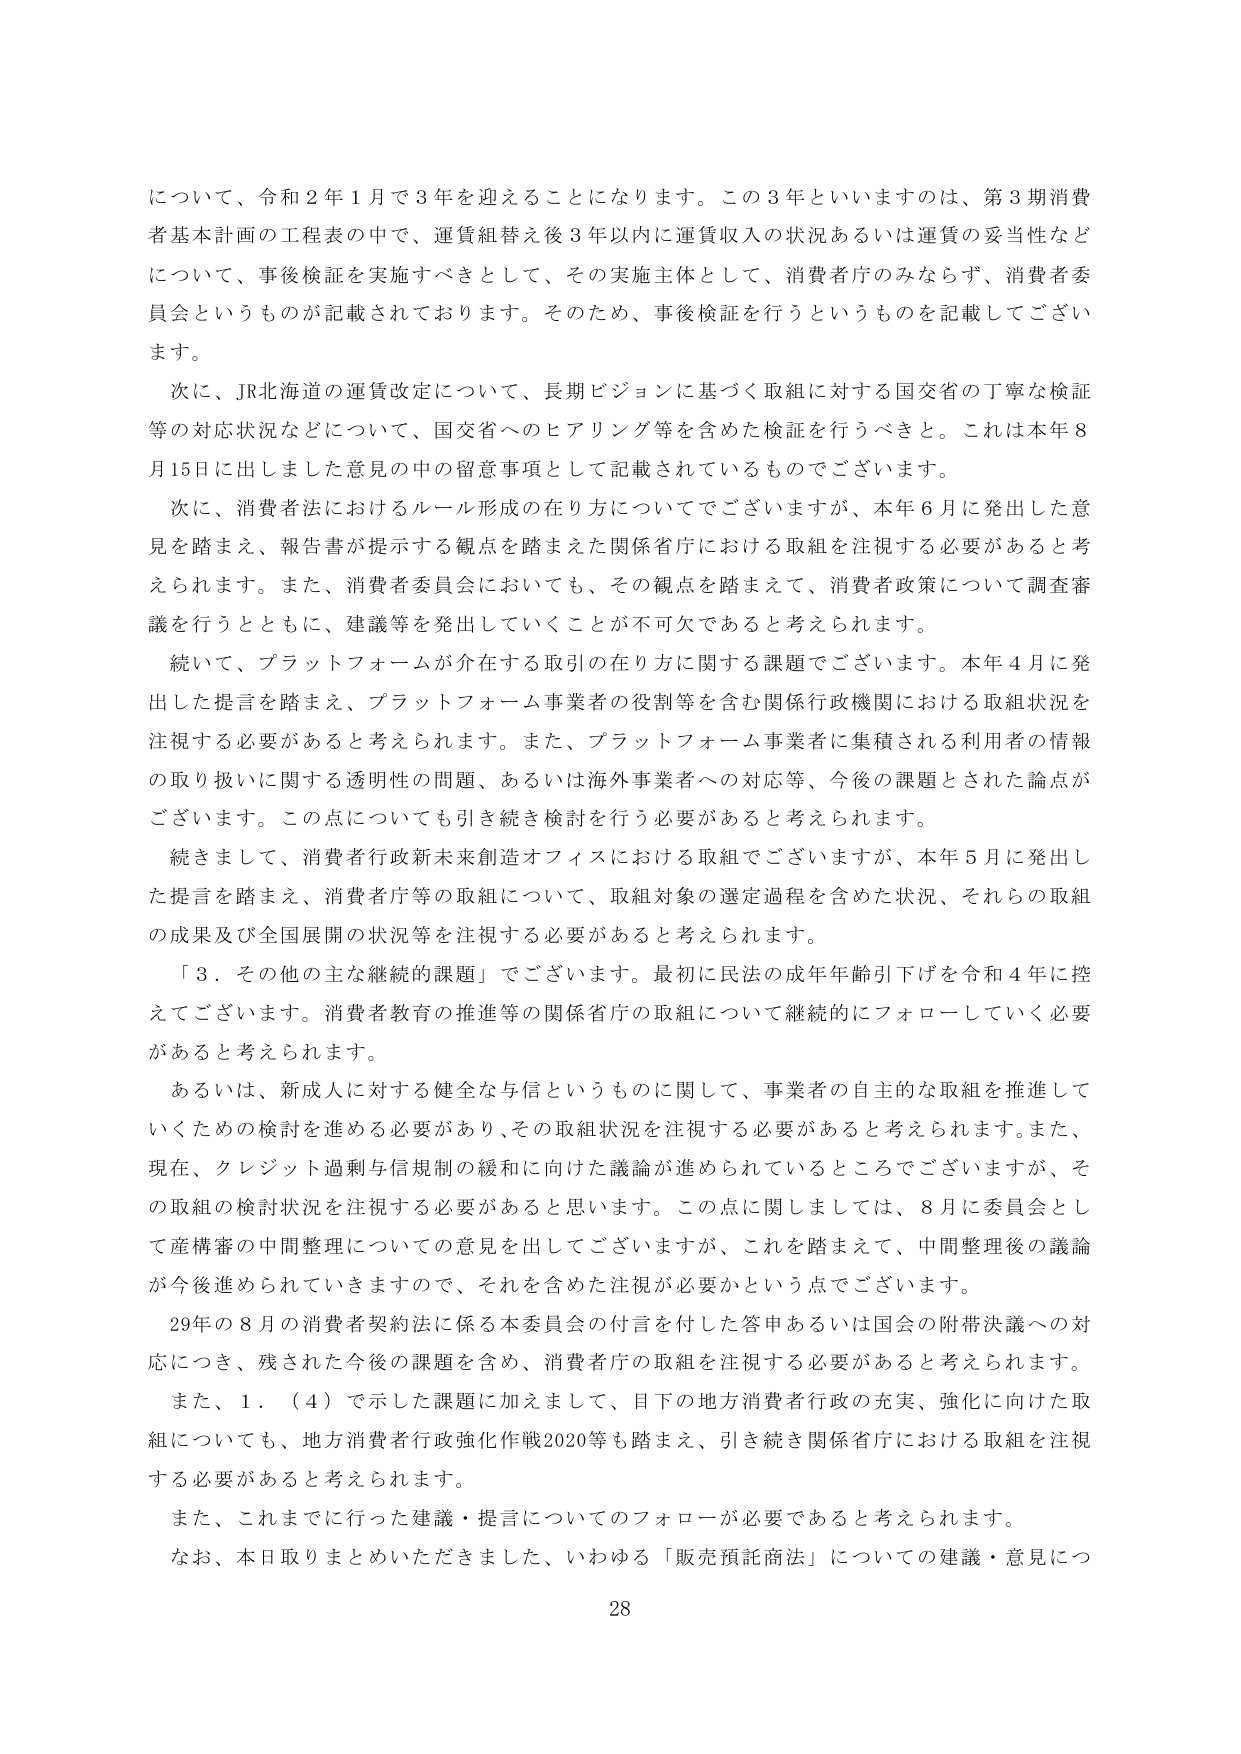
について、令和２年１月で３年を迎えることになります。この３年といいますのは、第３期消費者基本計画の工程表の中で、運賃組替え後３年以内に運賃収入の状況あるいは運賃の妥当性などについて、事後検証を実施すべきとして、その実施主体として、消費者庁のみならず、消費者委員会というものが記載されております。そのため、事後検証を行うというものを記載してございます。

次に、JR北海道の運賃改定について、長期ビジョンに基づく取組に対する国交省の丁寧な検証等の対応状況などについて、国交省へのヒアリング等を含めた検証を行うべきと。これは本年８月15日に出しました意見の中の留意事項として記載されているものでございます。

次に、消費者法におけるルール形成の在り方についてでございますが、本年６月に発出した意見を踏まえ、報告書が提示する観点を踏まえた関係省庁における取組を注視する必要があると考えられます。また、消費者委員会においても、その観点を踏まえて、消費者政策について調査審議を行うとともに、建議等を発出していくことが不可欠であると考えられます。

続いて、プラットフォームが介在する取引の在り方に関する課題でございます。本年４月に発出した提言を踏まえ、プラットフォーム事業者の役割等を含む関係行政機関における取組状況を注視する必要があると考えられます。また、プラットフォーム事業者に集積される利用者の情報の取り扱いに関する透明性の問題、あるいは海外事業者への対応等、今後の課題とされた論点がございます。この点についても引き続き検討を行う必要があると考えられます。

続きまして、消費者行政新未来創造オフィスにおける取組でございますが、本年５月に発出した提言を踏まえ、消費者庁等の取組について、取組対象の選定過程を含めた状況、それらの取組の成果及び全国展開の状況等を注視する必要があると考えられます。

「３．その他の主な継続的課題」でございます。最初に民法の成年年齢引下げを令和４年に控えてございます。消費者教育の推進等の関係省庁の取組について継続的にフォローしていく必要があると考えられます。

あるいは、新成人に対する健全な与信というも のに関して、事業者の自主的な取組を推進していくための検討を進める必要があり、その取組状況を注視する必要があると考えられます。また、現在、クレジット過剰与信規制の緩和に向けた議論が進められているところでございますが、その取組の検討状況を注視する必要があると思います。この点に関しましては、８月に委員会として産構審の中間整理についての意見を出してございますが、これを踏まえて、中間整理後の議論が今後進められていくま すので、それを含めた注視が必要かという点でございます。

29年の８月の消費者契約法に係る本委員会の付言を付した答申あるいは国会の附帯決議への対応につき、残された今後の課題を含め、消費者庁の取組を注視する必要があると考えられます。

また、１．（４）で示した課題に加えまして、目下の地方消費者行政の充実、強化に向けた取組についても、地方消費者行政強化作戦2020等も踏まえ、引き続き関係省庁における取組を注視する必要があると考えられます。

また、これまでに行った建議・提言についてのフォローが必要であると考えられます。

なお、本日取りまとめいただきました、いわゆる「販売預託商法」についての建議・意見につ

28